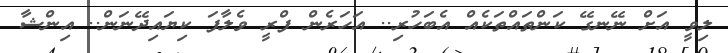
ލިވީ އަށް ނޭނގޭ ކަންތައްތަކެއް އެބަހުރި.. އަހަރެން ފްރީ ވެލާފަ ކިޔައިދޭނަން.. އިންޝާ